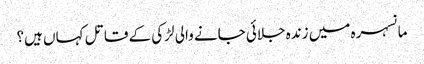
مانسہرہ میں زندہ جلائی جانے والی لڑکی کے قاتل کہاں ہیں؟